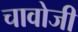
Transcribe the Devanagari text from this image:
चावोजी